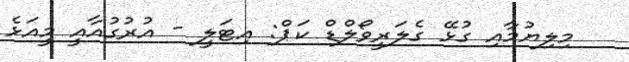
މިލިޔުމާއި ގުޅޭ ގެލަރީވޯލްޑް ކަޕް: އިޓަލީ - އުރުގުއާއީ މީއަޅެ